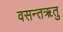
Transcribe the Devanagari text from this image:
वसन्तॠतु